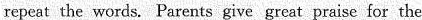
repeat the words. Parents give great praise for the